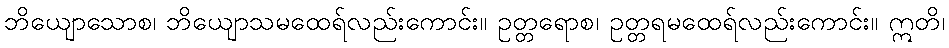
ဘိယျောသောစ၊ ဘိယျောသမထေရ်လည်းကောင်း။ ဥတ္တရောစ၊ ဥတ္တရမထေရ်လည်းကောင်း။ ဣတိ၊